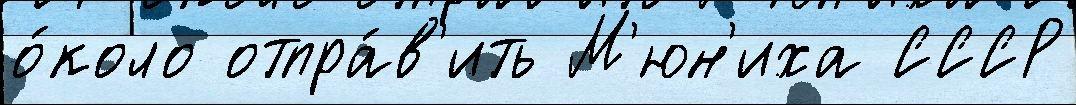
о́коло отпра́в'ить М'юн'иха СССР